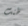
ظنت